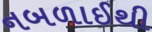
નબળાઈથી